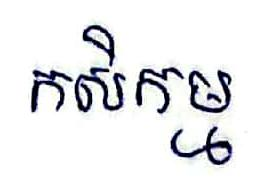
កសិកម្ម